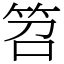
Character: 笤